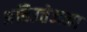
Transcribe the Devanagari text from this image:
अतिउत्तेजना